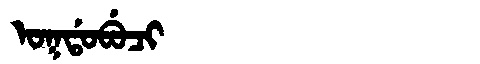
Manchu: ᠣᡴᡩᠣᠪᡠᠴᡳ
Romanization: OKDOBUCI